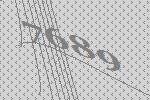
7689